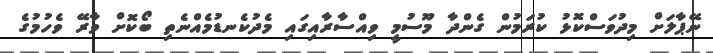
ނޭޕާލަށް މިދުވަސްކޮޅު ކުރަމުން ގެންދާ މޫސުމީ ވިއްސާރާއިގައި މެދުކެނޑުމެއްނެތި ބޯކޮށް ވާރޭ ވެހުމުގެ